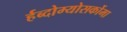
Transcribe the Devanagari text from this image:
र्हब्दोम्योसर्कोमा